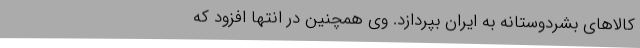
کالاهای بشردوستانه به ایران بپردازد. وی همچنین در انتها افزود که